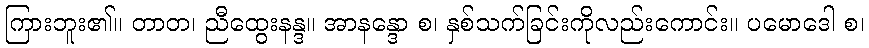
ကြားဘူး၏။ တာတ၊ ညီထွေးနန္ဒ။ အာနန္ဒော စ၊ နှစ်သက်ခြင်းကိုလည်းကောင်း။ ပမောဒေါ စ၊